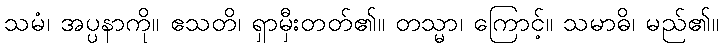
သမံ၊ အပ္ပနာကို။ ဧသတိ၊ ရှာမှီးတတ်၏။ တသ္မာ၊ ကြောင့်။ သမာဓိ၊ မည်၏။